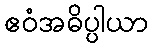
ဧဝံအဓိပ္ပါယာ